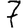
Digit: 7